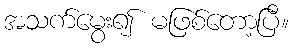
အသက်မွေး၍ မဖြစ်တော့ပြီ။